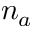
n _ { a }